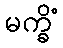
မက္ခိံ